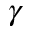
\gamma